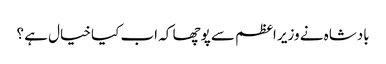
بادشاہ نے وزیر اعظم سے پوچھا کہ اب کیا خیال ہے ؟